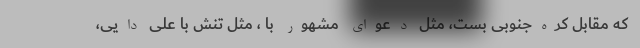
که مقابل کره‌جنوبی بست، مثل دعوای مشهور با ، مثل تنش با علی دایی،